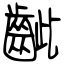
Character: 齜